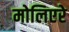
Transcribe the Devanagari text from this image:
मोलिएरे